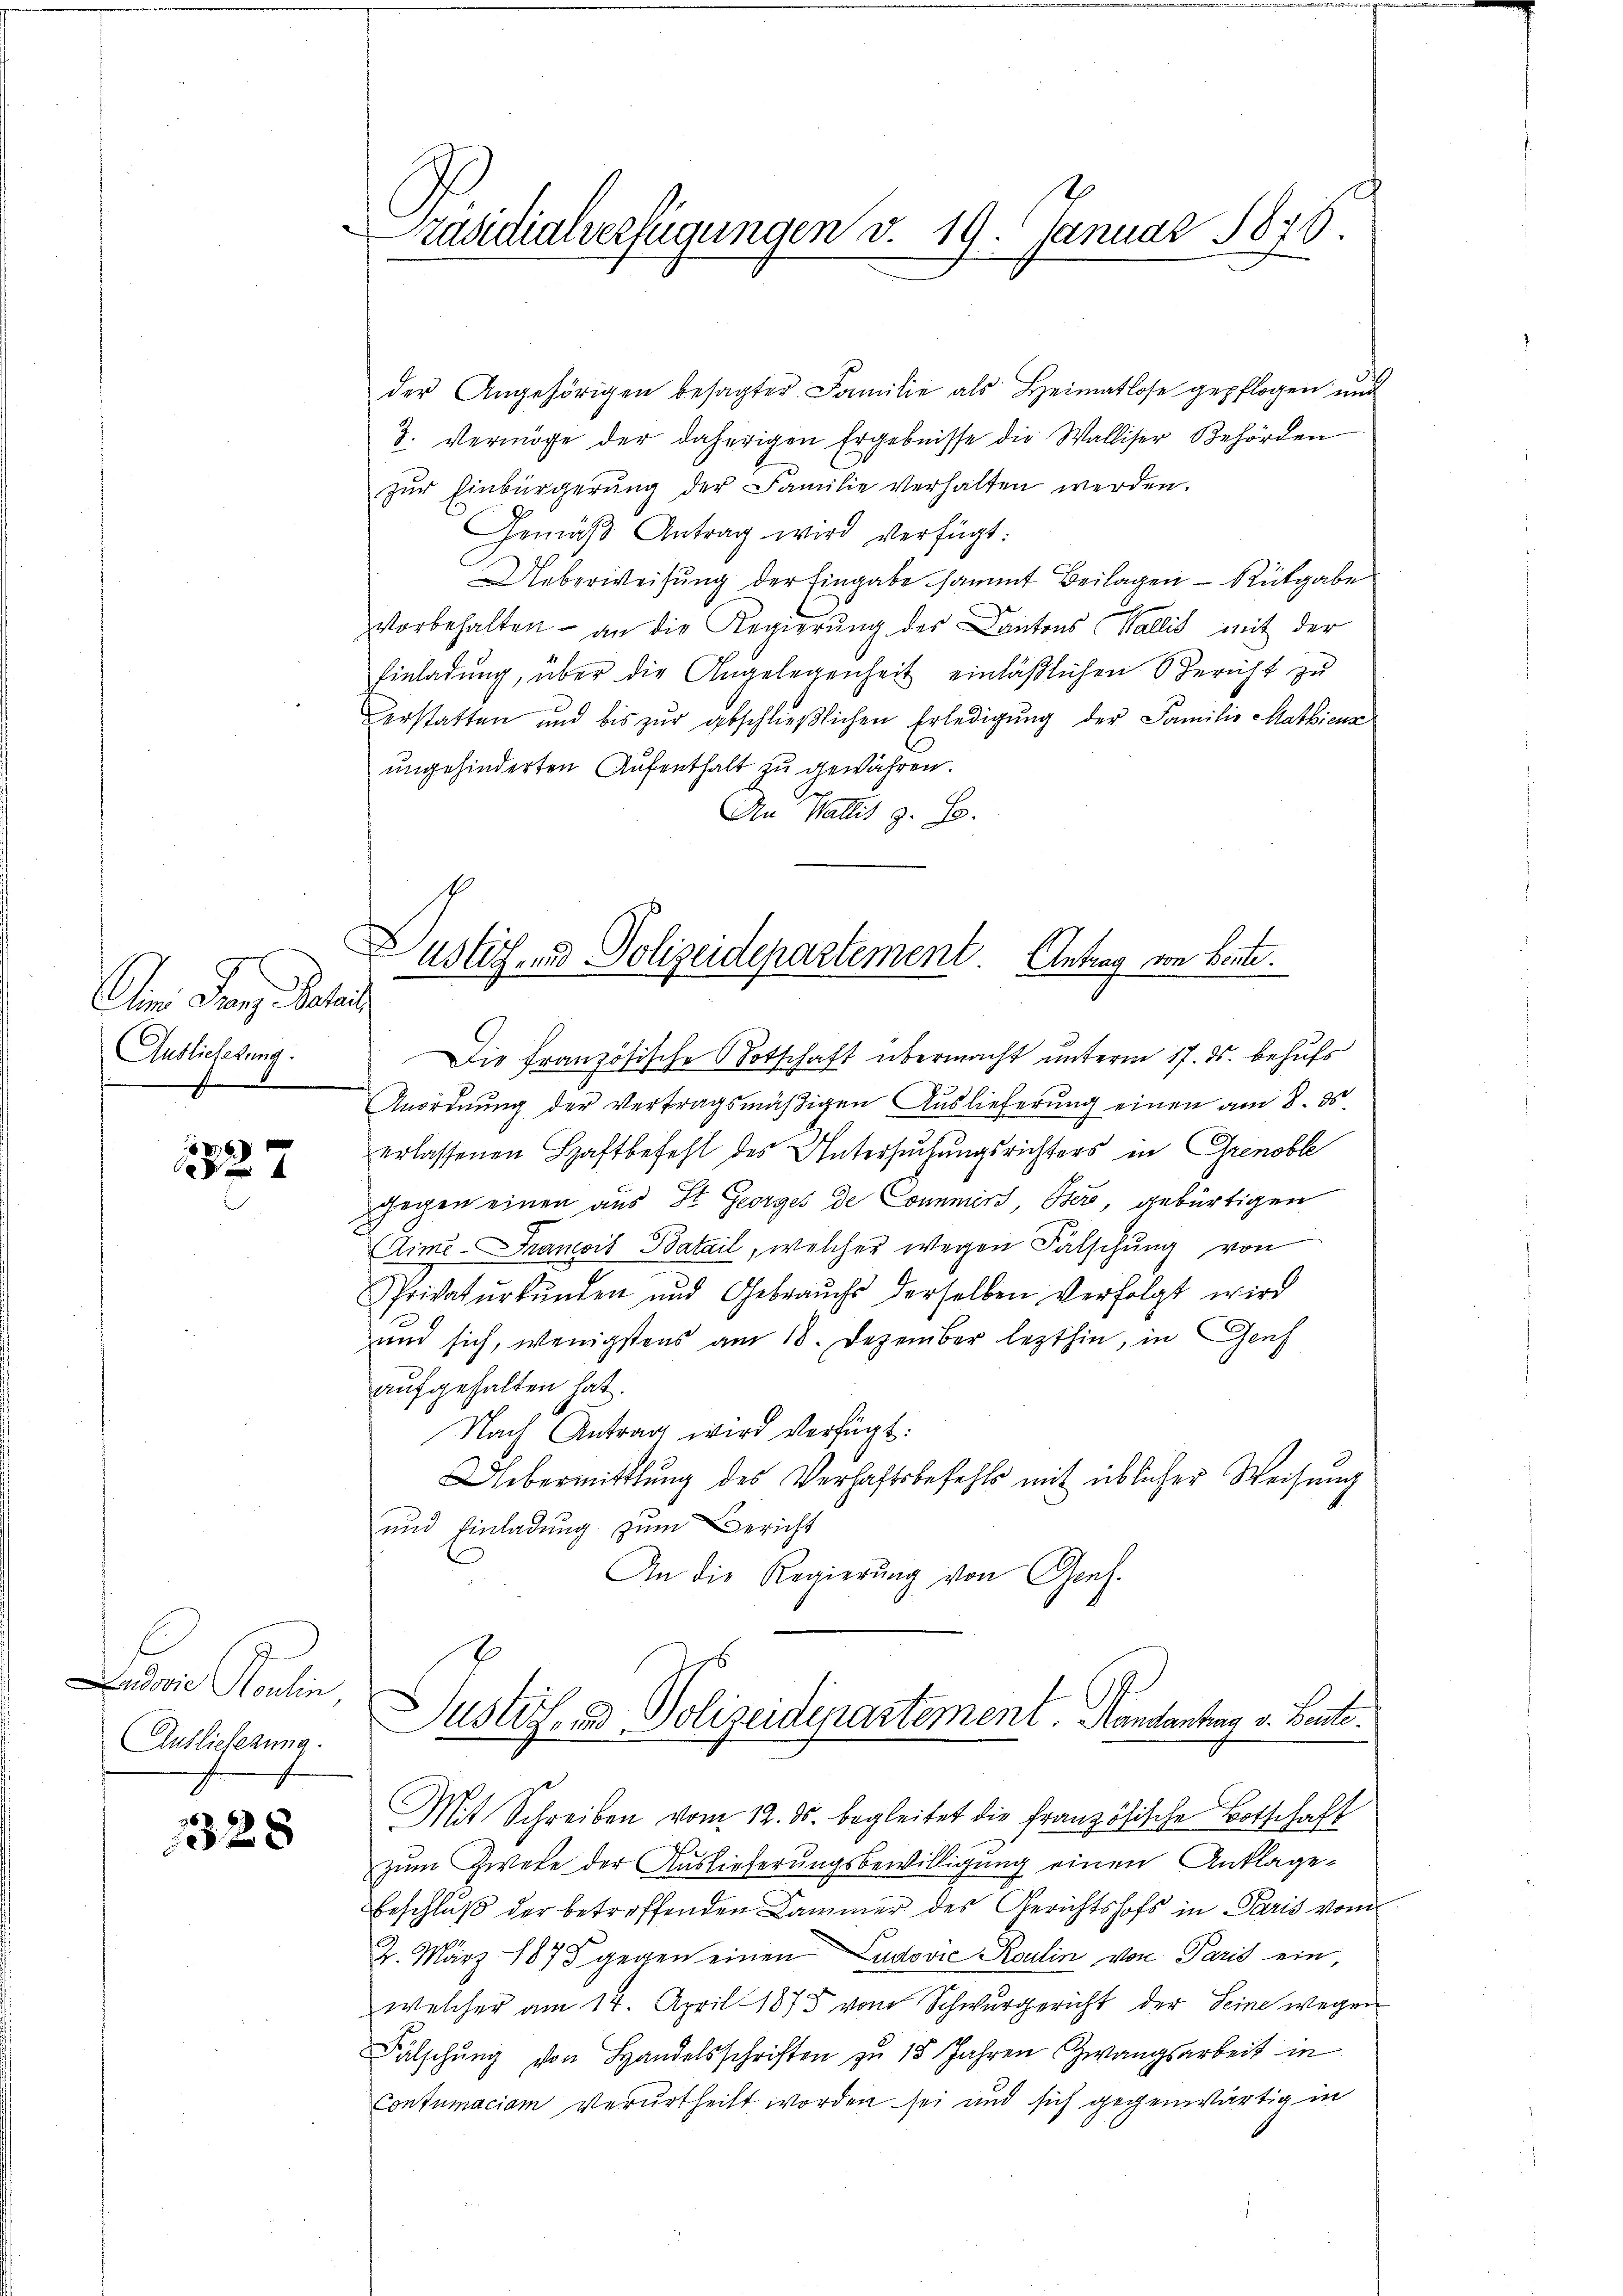
Am Franz. Gehal
Auslieferung.

6x

Ludovic Houlin,
Auslieferung.

1328

Präsidialverfügungen v. 19. Januar 1876.

der Angehörigen besagter Familie als Heimatlose gepflogen und
3. Vermöge der daherigen Ergebnisse die Walliser Behörden
zŭr Einbürgerŭng der Familie verhalten werden.
Gemäβ Antrag wird verfügt:
Ueberweisung der Eingabe sammt Beilagen – Rütgabe
vorbehalten - an die Regierung der Cantons Wallis mit der
Einladung, über die Angelegenheit einläßlichen Bericht zu
erstatten und bis zŭr geschlieβlichen Erledigŭng der Familie Mathienz
ungehinderten Aufenthalt zu gewähren.
An Wallis z. B.

Zustiz- und Polizeidepartement Antrag von Bente.

Die Französische Botschaft übermacht unterm 17. ds. behufs
Anordnung der Vertragsmäßigen Auslieferung einen am 8. ds
erlassenen Haftbefehl des Untersuchungsrichters in Grenoble
gegen einen aus St. Georges de Commirt, Bere, gebürtigen
Cime-Francois Batail, welcher wegen Falschung von
Sprivatŭrkŭnden und Gebrauchs derselben verfolgt wird
und sich, wenigstens am 18. Dezember lezthin, in Genf
aufgehalten hat.
Nach Antrag wird verfügt:
Uebermittlung des Verhaftsbefehls mit üblicher Weisŭng
und Einladung zum Bericht
An die Regierung von Gref.
Justiz- & Polizeidepartement. Handantag v. Baute.
Mit Schreiben vom 12. ds. begleitet die französische Botschaft
zum Zwete der Auslieferungsbewilligung einen Anklage¬
Beschluß der betreffenden Cammer des Gerichtshofs in Paris vom
2. März 1878 gegen einen Ludović Roulin von Paris ein,
welcher am 14. April 1875 vom Schwurgericht der Seine wegen
Fälschŭng von Handelsschriften zu 15 Jahren Zwangsarbeit in
Contumaciam verurtheilt worden sei und sich gegenwärtig in